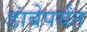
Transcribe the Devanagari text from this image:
डांबेपर्यंत